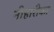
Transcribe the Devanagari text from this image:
नीहारीका